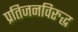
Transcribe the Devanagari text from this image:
प्रतिजनविरुद्ध